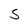
Character: S